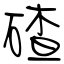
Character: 碴